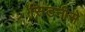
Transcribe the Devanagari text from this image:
सिडनीसे